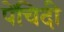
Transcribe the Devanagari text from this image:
पेंचिदी